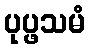
ပုပ္ဖသမံ